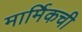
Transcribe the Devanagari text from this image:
मार्मिकची